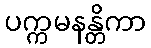
ပက္ကမနန္တိကာ